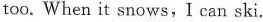
too.When it snows,I can ski.